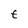
Character: t